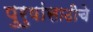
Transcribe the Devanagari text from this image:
पुरुषांसाठीचे